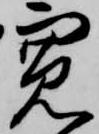
寛